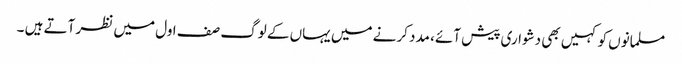
مسلمانوں کو کہیں بھی دشواری پیش آئے، مدد کرنے میں یہاں کے لوگ صف اول میں نظر آتے ہیں ۔